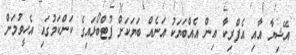
އޭޝިޔާ އާއި އެފްރިކާ އިން އެއްބަޔަކު އަނެއް ބަޔަކަށް ފުޓްބޯޅައިގެ ކަންކަމުގައި އެހީވުމަށް